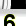
Digit: 6